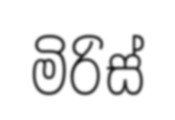
මිරිස්